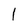
Character: 1